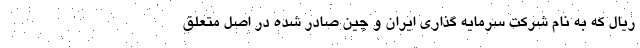
ریال که به نام شرکت سرمایه گذاری ایران و چین صادر شده در اصل متعلق